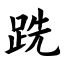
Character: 跣